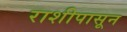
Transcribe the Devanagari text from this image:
राशीपासून